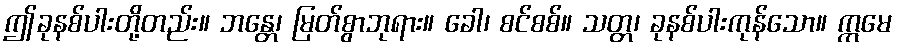
ဤခုနစ်ပါးတို့တည်း။ ဘန္တေ၊ မြတ်စွာဘုရား။ ခေါ၊ စင်စစ်။ သတ္တ၊ ခုနစ်ပါးကုန်သော။ ဣမေ